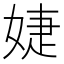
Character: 婕